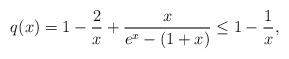
LaTeX: \begin{align*}q(x)= 1-\frac{2}{x}+ \frac{x}{e^x - (1+x)} \leq 1-\frac{1}{x},\end{align*}